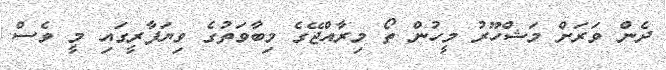
ދެން ވަރަށް މަޝްހޫރު މީހުން ތޯ މިރާއްޖޭގެ މިބާވަތުގެ ވިޔަފާރީގައި މީ ވެސް